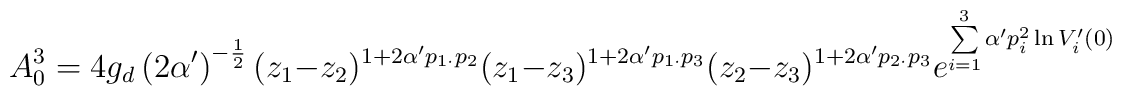
A_{0}^{3}= 4g_{d} \left( 2\alpha ^{\prime } \right)^{-\frac{1}{2}}(z_{1}-z_{2})^{1+ 2\alpha ^{\prime }p_{1\cdot}p_{2}}(z_{1}-z_{3})^{1+ 2\alpha ^{\prime }p_{1\cdot}p_{3}}(z_{2}-z_{3})^{1+ 2\alpha ^{\prime }p_{2\cdot }p_{3}} e^{\sum \limits_{i=1}^{3} \alpha ^{\prime } p_{i}^{2}\ln  V_{i}^{\prime }(0)}